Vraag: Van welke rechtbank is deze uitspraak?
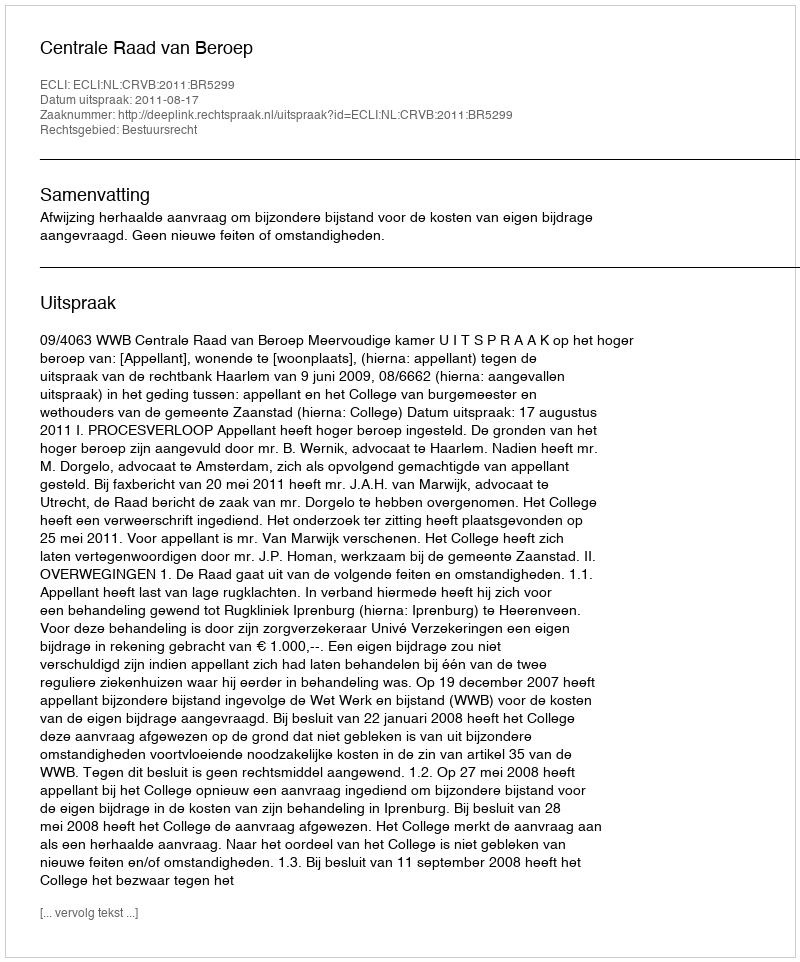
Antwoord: Centrale Raad van Beroep